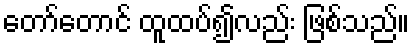
တော်တောင် ထူထပ်၍လည်း ဖြစ်သည်။